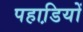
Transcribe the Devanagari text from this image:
पहाडि़यों